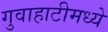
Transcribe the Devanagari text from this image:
गुवाहाटीमध्ये